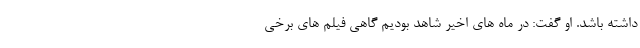
داشته باشد. او گفت: در ماه های اخیر شاهد بودیم گاهی فیلم های برخی